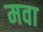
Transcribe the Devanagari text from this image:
मवा